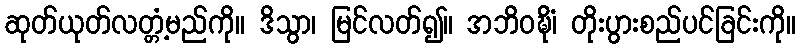
ဆုတ်ယုတ်လတ္တံ့မည်ကို။ ဒိသွာ၊ မြင်လတ်၍။ အဘိဝဍ္ဎိံ၊ တိုးပွားစည်ပင်ခြင်းကို။